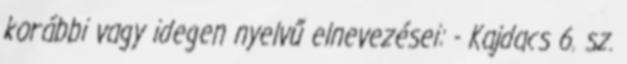
korábbi vagy idegen nyelvű elnevezései: - Kajdacs 6. sz.